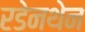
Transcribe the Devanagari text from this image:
रडेनथेन